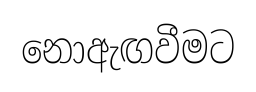
නොඇඟවීමට